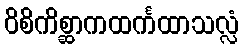
ဝိစိကိစ္ဆာကထင်္ကထာသလ္လံ